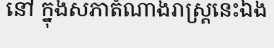
នៅ ក្នុងសភាតំណាងរាស្ត្រនេះឯង